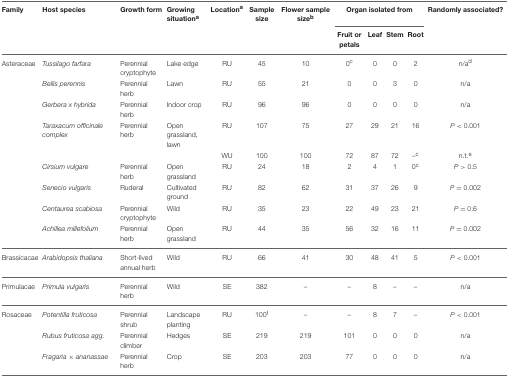
<table><thead><tr><td><b>Family</b></td><td><b>Host species</b></td><td><b>Growth form</b></td><td><b>Growing situation<sup>a</sup></b></td><td><b>Location<sup>a</sup></b></td><td><b>Sample size</b></td><td><b>Flower sample size<sup>b</sup></b></td><td colspan="4"><b>Organ isolated from</b></td><td><b>Randomly associated?</b></td></tr><tr><td></td><td></td><td></td><td></td><td></td><td></td><td></td><td><b>Fruit or petals</b></td><td><b>Leaf</b></td><td><b>Stem</b></td><td><b>Root</b></td><td></td></tr></thead><tbody><tr><td>Asteraceae</td><td><i>Tussilago farfara</i></td><td>Perennial cryptophyte</td><td>Lake edge</td><td>RU</td><td>45</td><td>10</td><td>0<sup>c</sup></td><td>0</td><td>0</td><td>2</td><td>n/a<sup>d</sup></td></tr><tr><td></td><td><i>Bellis perennis</i></td><td>Perennial herb</td><td>Lawn</td><td>RU</td><td>55</td><td>21</td><td>0</td><td>0</td><td>3</td><td>0</td><td>n/a</td></tr><tr><td></td><td><i>Gerbera x hybrida</i></td><td>Perennial herb</td><td>Indoor crop</td><td>RU</td><td>96</td><td>96</td><td>0</td><td>0</td><td>0</td><td>0</td><td>n/a</td></tr><tr><td></td><td><i>Taraxacum officinale complex</i></td><td>Perennial herb</td><td>Open grassland, lawn</td><td>RU</td><td>107</td><td>75</td><td>27</td><td>29</td><td>21</td><td>16</td><td><i>P</i> &lt; 0.001</td></tr><tr><td></td><td></td><td></td><td></td><td>WU</td><td>100</td><td>100</td><td>72</td><td>87</td><td>72</td><td>–<sup>c</sup></td><td>n.t.<sup>e</sup></td></tr><tr><td></td><td><i>Cirsium vulgare</i></td><td>Perennial herb</td><td>Open grassland</td><td>RU</td><td>24</td><td>18</td><td>2</td><td>4</td><td>1</td><td>0<sup>c</sup></td><td><i>P</i> &gt; 0.5</td></tr><tr><td></td><td><i>Senecio vulgaris</i></td><td>Ruderal</td><td>Cultivated ground</td><td>RU</td><td>82</td><td>62</td><td>31</td><td>37</td><td>26</td><td>9</td><td><i>P</i> = 0.002</td></tr><tr><td></td><td><i>Centaurea scabiosa</i></td><td>Perennial cryptophyte</td><td>Wild</td><td>RU</td><td>35</td><td>23</td><td>22</td><td>49</td><td>23</td><td>21</td><td><i>P</i> = 0.6</td></tr><tr><td></td><td><i>Achillea millefolium</i></td><td>Perennial herb</td><td>Open grassland</td><td>RU</td><td>44</td><td>35</td><td>56</td><td>32</td><td>16</td><td>11</td><td><i>P</i> = 0.002</td></tr><tr><td>Brassicacae</td><td><i>Arabidopsis thaliana</i></td><td>Short-lived annual herb</td><td>Wild</td><td>RU</td><td>66</td><td>41</td><td>30</td><td>48</td><td>41</td><td>5</td><td><i>P</i> &lt; 0.001</td></tr><tr><td>Primulacae</td><td><i>Primula vulgaris</i></td><td>Perennial herb</td><td>Wild</td><td>SE</td><td>382</td><td>–</td><td>–</td><td>8</td><td>–</td><td>–</td><td>n/a</td></tr><tr><td>Rosaceae</td><td><i>Potentilla fruticosa</i></td><td>Perennial shrub</td><td>Landscape planting</td><td>RU</td><td>100<sup>f</sup></td><td>–</td><td>–</td><td>8</td><td>7</td><td>–</td><td><i>P</i> &lt; 0.001</td></tr><tr><td></td><td><i>Rubus fruticosa agg</i>.</td><td>Perennial climber</td><td>Hedges</td><td>SE</td><td>219</td><td>219</td><td>101</td><td>0</td><td>0</td><td>0</td><td>n/a</td></tr><tr><td></td><td><i>Fragaria × ananassae</i></td><td>Perennial herb</td><td>Crop</td><td>SE</td><td>203</td><td>203</td><td>77</td><td>0</td><td>0</td><td>0</td><td>n/a</td></tr></tbody></table>